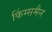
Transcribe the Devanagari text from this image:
किंग्समैन